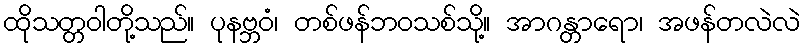
ထိုသတ္တဝါတို့သည်။ ပုနဗ္ဘဝံ၊ တစ်ဖန်ဘဝသစ်သို့။ အာဂန္တာရော၊ အဖန်တလဲလဲ